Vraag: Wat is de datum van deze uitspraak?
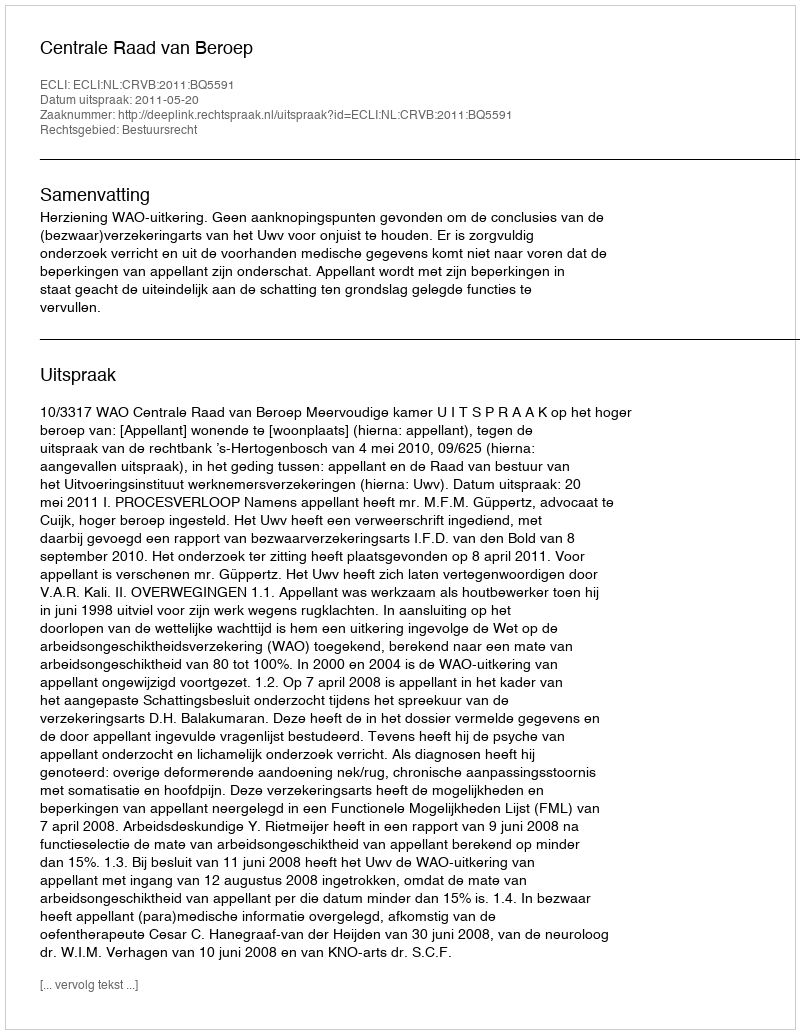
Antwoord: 2011-05-20